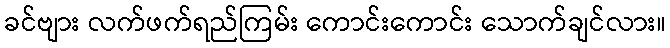
ခင်ဗျား လက်ဖက်ရည်ကြမ်း ကောင်းကောင်း သောက်ချင်လား။